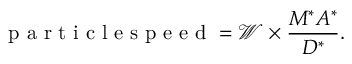
\mathrm { ~ p ~ a ~ r ~ t ~ i ~ c ~ l ~ e ~ s ~ p ~ e ~ e ~ d ~ } = \mathcal { W } \times \frac { M ^ { * } A ^ { * } } { D ^ { * } } .